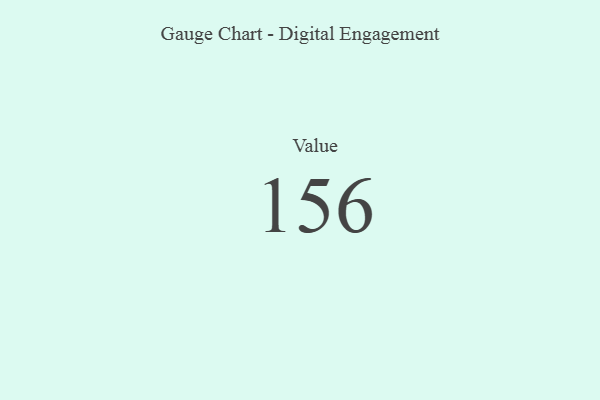
{"axis": {"x": "Metric", "y": "Value"}, "legend": [""], "data": [{"x": "Value", "y": 156, "type": ""}]}